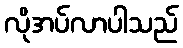
လိုအပ်လာပါသည်